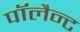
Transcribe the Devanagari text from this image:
पॉलैन्ट